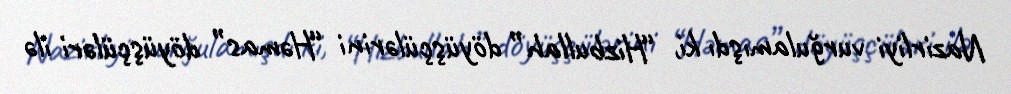
Nazirliyi vurğulamışdı ki, “Hizbullah” döyüşçülərini “Həmas” döyüşçüləri ilə